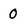
Character: 0